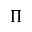
\Pi